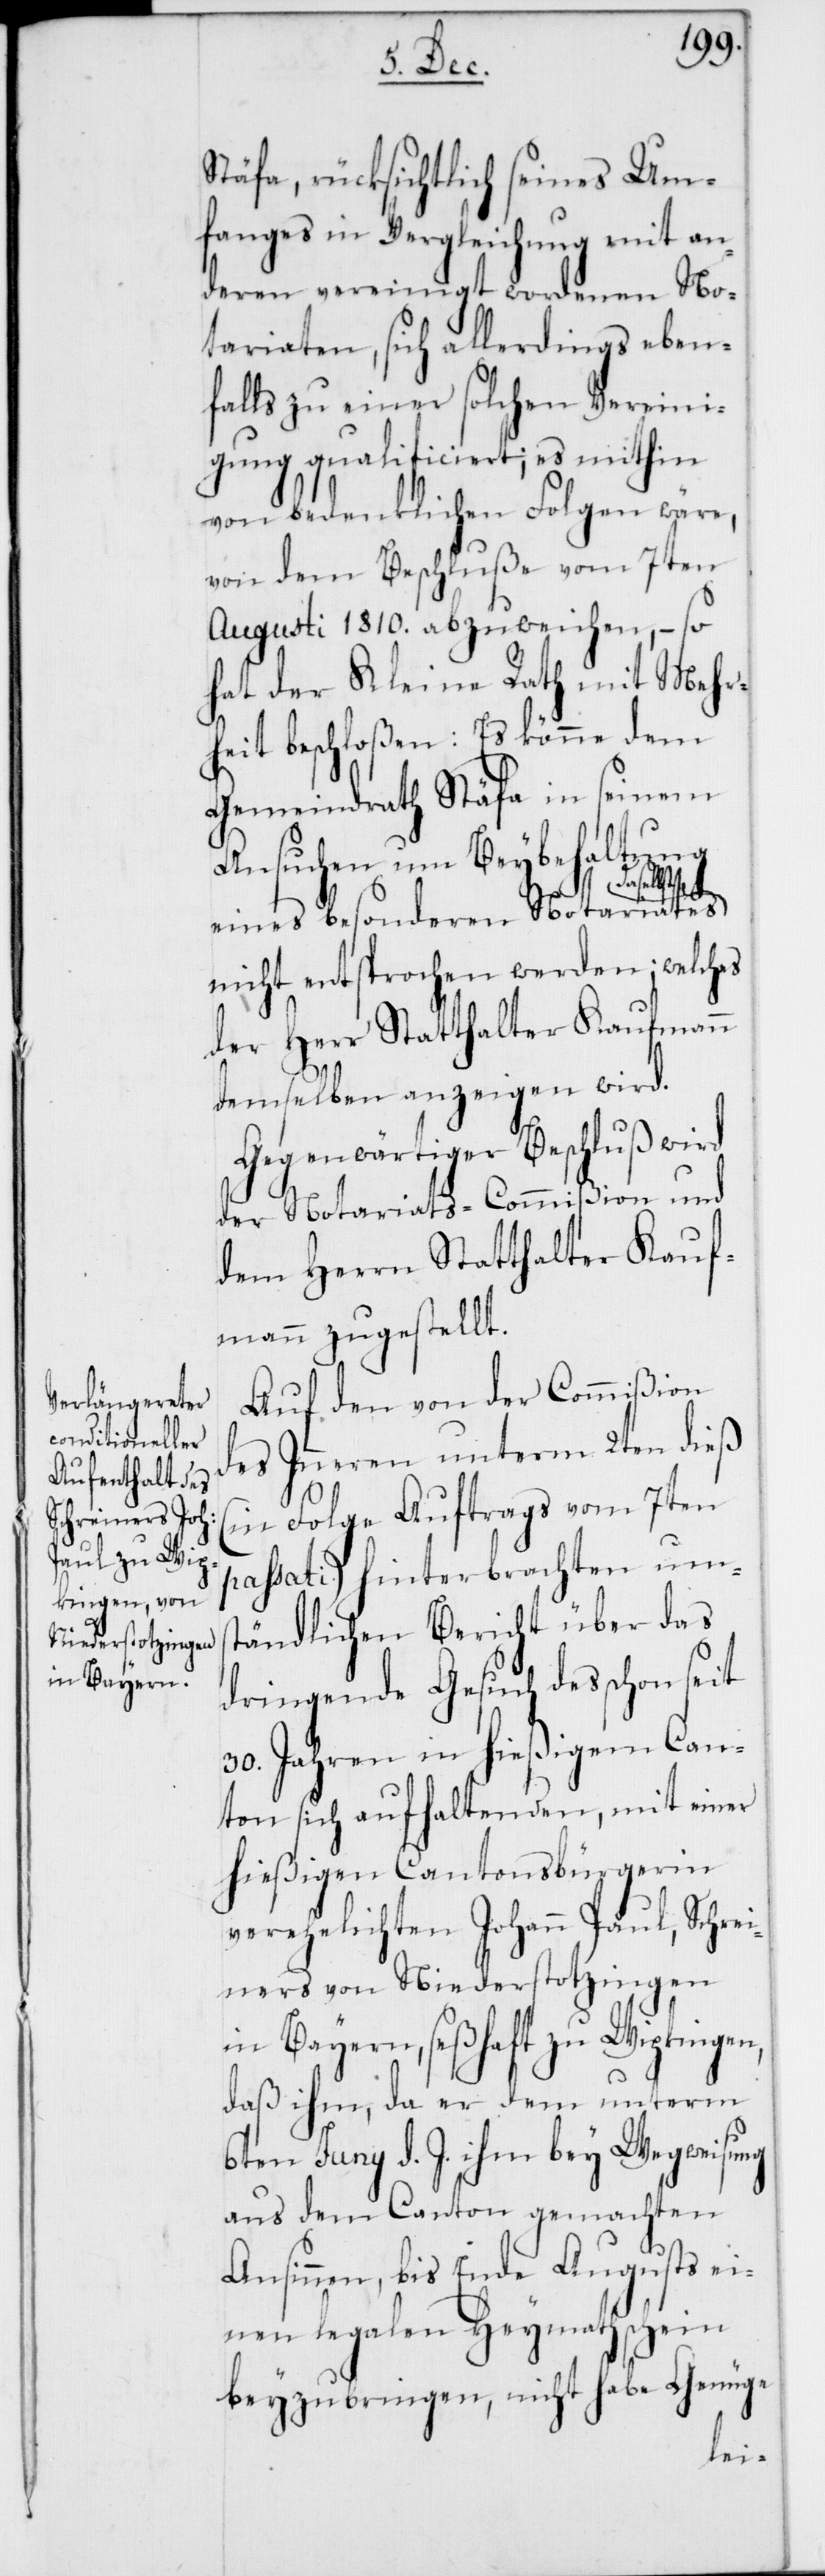
Stäfa, rücksichtlich seines Um¬
fanges in Vergleichung mit an¬
deren vereinigt wordenen No¬
tariaten, sich allerdings eben¬
falls zu einer solchen Vereini¬
gung qualificiert; es mithin
von bedenklichen Folgen wäre,
von dem Beschluße vom 7ten
Augusti 1810. abzuweichen, – so
hat der Kleine Rath mit Mehr¬
heit beschloßen: Es könne dem
Gemeindrath Stäfa in seinem
Ansuchen um Beybehaltung
welches
eines besonderen Notariates
der Herr Statthalter Kaufmann
demselben anzeigen wird.
Gegenwärtiger Beschluß wird
der Notariats-Commißion und
dem Herrn Statthalter Kauf¬
mann zugestellt.
Auf den von der Commißion
des Inneren unterm 2ten dieß
(in Folge Auftrags vom 7ten
passati) hinterbrachten ums¬
tändlichen Bericht über das
dringende Gesuch des schon seit
30. Jahren in hießigem Can¬
ton sich aufhaltenden, mit einer
hießigen Cantonsbürgerin
verehelichten Johann Paul, Schrei¬
ners von Niederstotzingen
in Bayern, seßhaft zu Wipkingen,
daß ihm, da er dem unterm
6ten Juni d. J. ihm bey Wegweisung
aus dem Canton gemachten
Ansinnen, bis Ende Augusts ei¬
nen legalen Heymathschein
beyzubringen, nicht habe Genüge